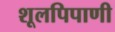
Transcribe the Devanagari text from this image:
शूलपिपाणी